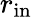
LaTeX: r_{\mathrm{in}}